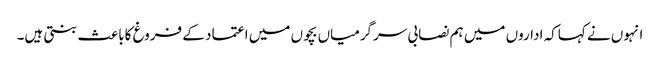
انہوں نے کہاکہ اداروں میں ہم نصابی سرگرمیاں بچوں میں اعتماد کے فروغ کاباعث بنتی ہیں۔